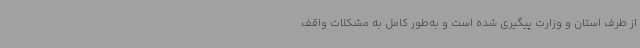
از طرف استان و وزارت پیگیری شده است و به‌طور کامل به مشکلات واقف